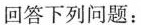
回答下列问题：